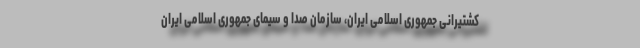
کشتیرانی جمهوری اسلامی ایران، سازمان صدا و سیمای جمهوری اسلامی ایران